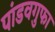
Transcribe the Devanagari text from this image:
पांडवगुफा